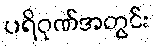
ပရိဝုဏ်အတွင်း